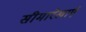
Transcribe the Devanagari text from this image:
सीमारेखाएं